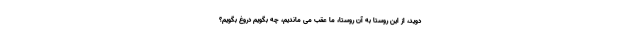
دوید، از این روستا به آن روستا، ما عقب می ماندیم، چه بگویم دروغ بگویم؟